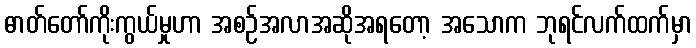
ဓာတ်တော်ကိုးကွယ်မှုဟာ အစဉ်အလာအဆိုအရတော့ အသောက ဘုရင်လက်ထက်မှာ